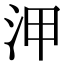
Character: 㳌